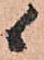
候